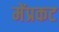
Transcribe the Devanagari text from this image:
मेंप्रकट